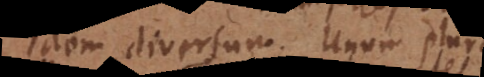
Idem, diversum. Unum, plura.